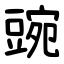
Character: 豌